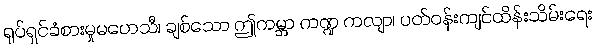
ရုပ်ရှင်ခံစားမှုမဟေသီ၊ ချစ်သော ဤကမ္ဘာ ကဏ္ဍ ကလျာ၊ ပတ်ဝန်းကျင်ထိန်းသိမ်းရေး